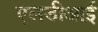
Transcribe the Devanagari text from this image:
एलडीआई